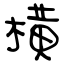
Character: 橫